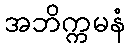
အဘိက္ကမနံ